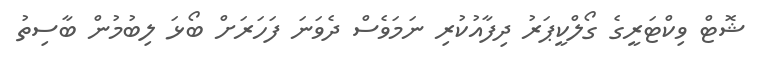
ޝޮޓް ވިކްޓަރީގެ ގޯލްކީޕަރު ދިފާއުކުރި ނަމަވެސް ދެވަނަ ފަހަރަށް ބޯޅަ ލިބުމުން ބާސިތު